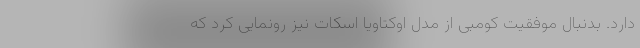
دارد. بدنبال موفقیت کومبی از مدل اوکتاویا اسکات نیز رونمایی کرد که